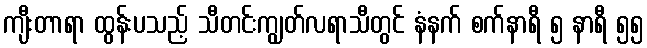
ကျီးတာရာ ထွန်းပသည့် သီတင်းကျွတ်လရာသီတွင် နံနက် စက်နာရီ ၅ နာရီ ၅၅